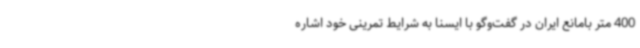
400 متر بامانع ایران در گفت‌وگو با ایسنا به شرایط تمرینی خود اشاره